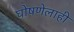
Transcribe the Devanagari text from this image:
घोषणेलाही